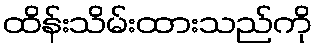
ထိန်းသိမ်းထားသည်ကို